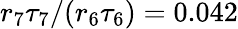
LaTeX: r_{7}\tau_{7}/(r_{6}\tau_{6})=0.042